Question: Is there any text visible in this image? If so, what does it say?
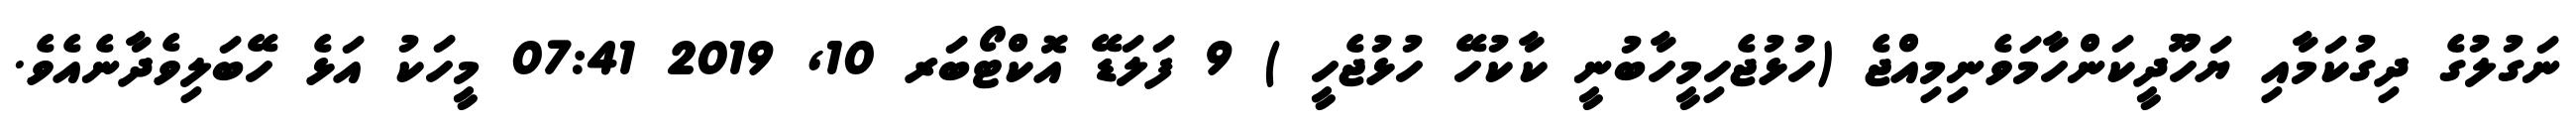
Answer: ނަގުލުގެ ދިގުކަމާއި ޔަހޫދީކަންހާމަވެނިމިއްޖެ (ހުޅުޖެހިމީހާބުނީ ކާކުހޭ ހުޅުޖެހީ ) 9 ފަލަޑޭ އޮކްޓޯބަރ 10, 2019 07:41 މީހަކު އަޅެ ހޭބަލިވެދާނެއެވެ.